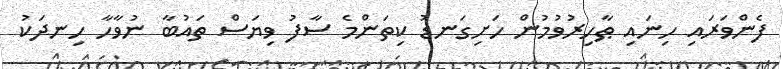
ފެންވަރައި ހިނައި ޠާހިރުވުމުން ހަށިގަނޑު ކިތަންމެ ސާފު ވިޔަސް ތައުބާ ނުވާހާ ހިނދަކު